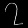
Digit: ၇